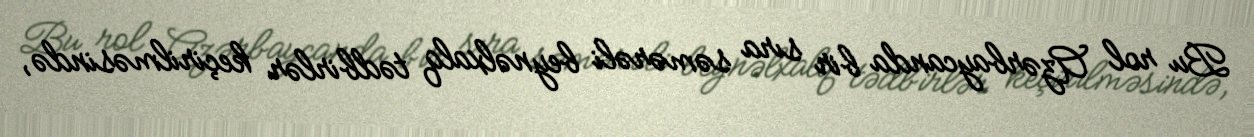
Bu rol Azərbaycanda bir sıra səmərəli beynəlxalq tədbirlər keçirilməsində,